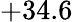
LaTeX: +34.6